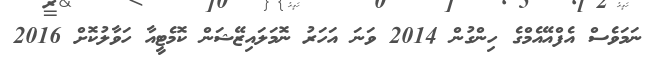
ނަމަވެސް އެފްއޭއެމްގެ ހިންގުން 2014 ވަނަ އަހަރު ނޮމަލައިޒޭޝަން ކޮމެޓީއާ ހަވާލުކޮށް 2016